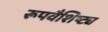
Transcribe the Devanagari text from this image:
रूपवैशिष्ट्य